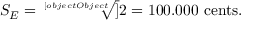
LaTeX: S _ { E } = { \sqrt [ [object Object] ] { 2 } } = 1 0 0 . 0 0 0 \ { \mathrm { c e n t s } } .